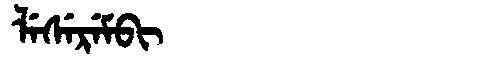
Manchu: ᠯᡝᠰᡝᡵᡝᠮᠪᡳ
Romanization: LESEREMBI